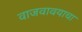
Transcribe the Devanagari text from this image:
वाजवावयाचा